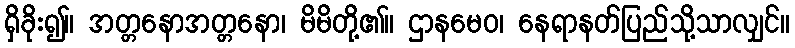
ရှိခိုး၍။ အတ္တနောအတ္တနော၊ မိမိတို့၏။ ဌာနမေဝ၊ နေရာနတ်ပြည်သို့သာလျှင်။